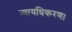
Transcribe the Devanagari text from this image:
न्यायधिकरण।